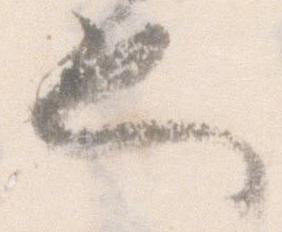
也